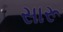
સારૂ